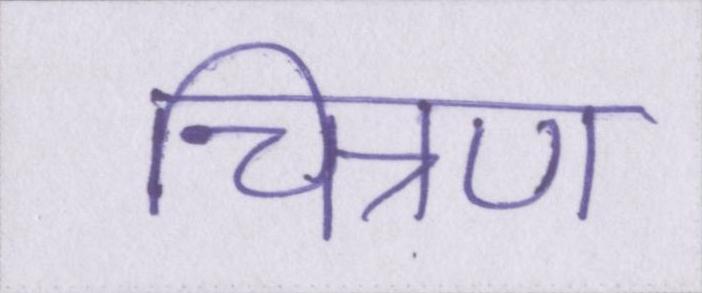
चित्रण